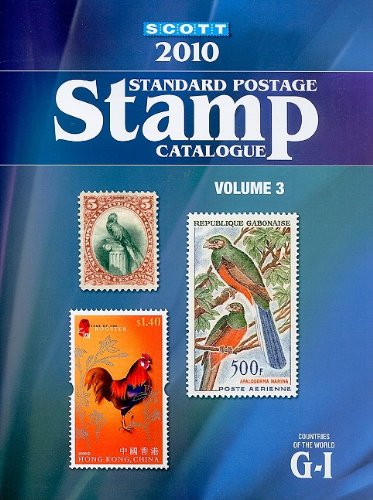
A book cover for Scott 2010 Standard Postage Stamp Catalogue, Vol. 3: G-I- Countries of the World; James E. Kloetzel; Crafts, Hobbies & Home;